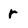
Character: r